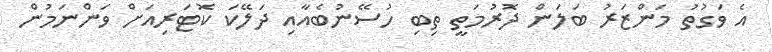
އެ ވަގުތު މަންޒަރު ބަލަން ދޮރުމަތީ ތިބި ހުސޭނުބެއާއި ދަލޭކަ ކޮޓަރިއަށް ވަންނަމުން